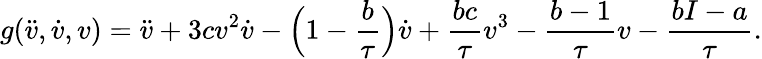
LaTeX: g(\ddot{v},\dot{v},v)=\ddot{v}+3cv^{2}\dot{v}-\Big(1-\frac{b}{\tau}\Big)\dot{v}+\frac{bc}{\tau}v^{3}-\frac{b-1}{\tau}v-\frac{bI-a}{\tau}.